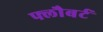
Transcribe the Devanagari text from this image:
फ्लौबर्ट